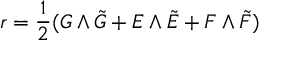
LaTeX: r = { \frac { 1 } { 2 } } ( G \wedge \tilde { G } + E \wedge \tilde { E } + F \wedge \tilde { F } )